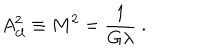
A _ { c l } ^ { 2 } \equiv M ^ { 2 } = \frac { 1 } { G \lambda } \ .